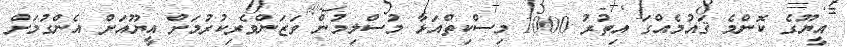
އީޔޫގެ ކޮންމެ ޤައުމެއްގަ އިތުރު 1000 މިސްކިތްއަޅާ މުސްލިމުން ވަޒަންވެރިކުރުމަށް އީޔޫއަށް އެންގުމަށް